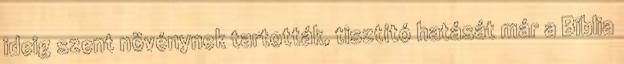
ideig szent növénynek tartották, tisztító hatását már a Biblia